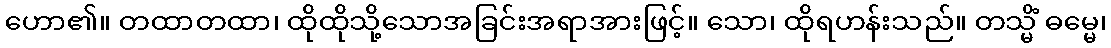
ဟော၏။ တထာတထာ၊ ထိုထိုသို့သောအခြင်းအရာအားဖြင့်။ သော၊ ထိုရဟန်းသည်။ တသ္မိံ ဓမ္မေ၊